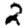
Digit: 2